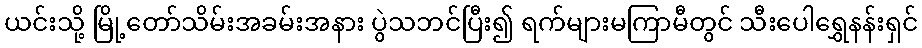
ယင်းသို့ မြို့တော်သိမ်းအခမ်းအနား ပွဲသဘင်ပြီး၍ ရက်များမကြာမီတွင် သီးပေါရွှေနန်းရှင်